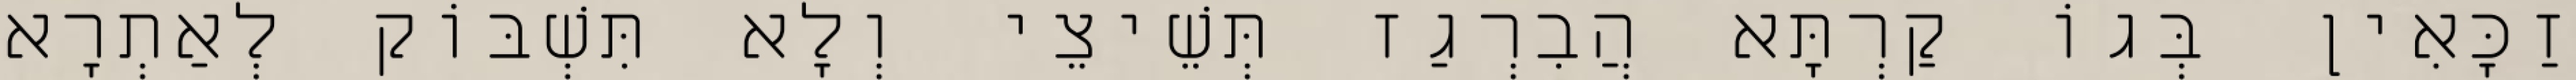
זַכָּאִין בְּגוֹ קַרְתָּא הֲבִרְגַז תְּשֵׁיצֵי וְלָא תִּשְׁבּוֹק לְאַתְרָא